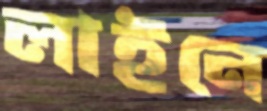
লাইনে